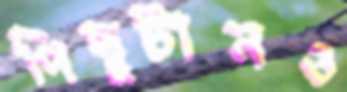
পিছুটানও